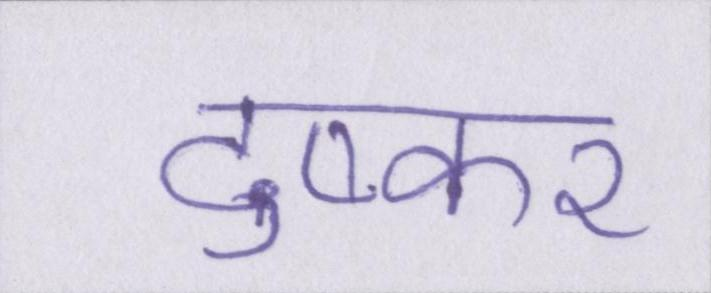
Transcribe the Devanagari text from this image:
दुष्कर